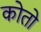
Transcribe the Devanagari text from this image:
कोतो